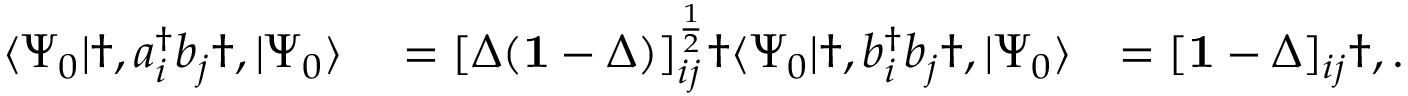
\begin{array} { r l r } { \langle \Psi _ { 0 } | \dag , a _ { i } ^ { \dagger } b _ { j } \dag , | \Psi _ { 0 } \rangle } & { { } = [ \Delta ( \mathbf { 1 } - \Delta ) ] _ { i j } ^ { \frac { 1 } { 2 } } \dag \langle \Psi _ { 0 } | \dag , b _ { i } ^ { \dagger } b _ { j } \dag , | \Psi _ { 0 } \rangle } & { = [ \mathbf { 1 } - \Delta ] _ { i j } \dag , . } \end{array}